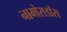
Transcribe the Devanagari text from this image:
नामोराडॉस